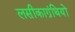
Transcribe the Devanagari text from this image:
लसीकाग्रंथियों